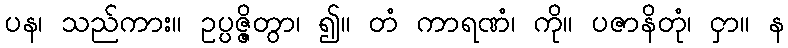
ပန၊ သည်ကား။ ဥပ္ပဇ္ဇိတွာ၊ ၍။ တံ ကာရဏံ၊ ကို။ ပဇာနိတုံ၊ ငှာ။ န